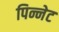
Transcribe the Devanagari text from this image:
पिन्नेट